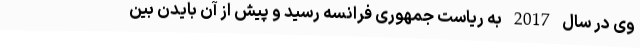
وی در سال 2017 به ریاست جمهوری فرانسه رسید و پیش از آن بایدن بین